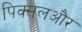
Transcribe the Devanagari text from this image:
पिक्सलऔर